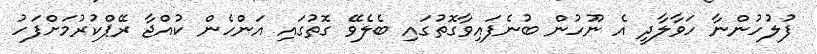
ފުލުހުންނާ ހަވާލާދީ އެ ނޫހުން ބުނެފައިވާގޮތުގައި ބެލެވޭ ގޮތުގައި އަންހެން ކުއްޖާ ރޭޕްކުރުމަށްފަހު